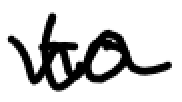
Text: to
Cross-out: wave
Writing tool: digital_black